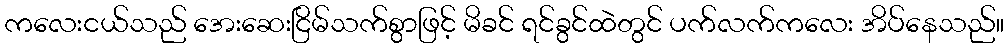
ကလေးငယ်သည် အေးဆေးငြိမ်သက်စွာဖြင့် မိခင် ရင်ခွင်ထဲတွင် ပက်လက်ကလေး အိပ်နေသည်။